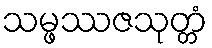
သမ္ဖဿဇသုတ္တံ